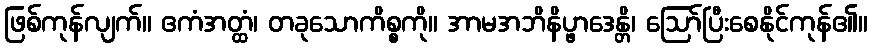
ဖြစ်ကုန်လျက်။ ဧကံအတ္ထံ၊ တခုသောကိစ္စကို။ အာမအဘိနိပ္ဖာဒေန္တိ၊ ဩော်ပြီးစေနိုင်ကုန်၏။